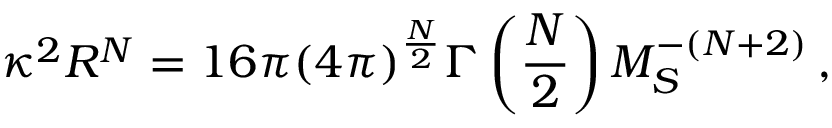
\kappa ^ { 2 } R ^ { N } = 1 6 \pi ( 4 \pi ) ^ { \frac { N } { 2 } } \Gamma \left( \frac { N } { 2 } \right) M _ { S } ^ { - ( N + 2 ) } \, ,